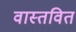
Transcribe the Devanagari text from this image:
वास्तवित